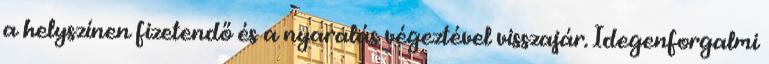
a helyszínen fizetendő és a nyaralás végeztével visszajár. Idegenforgalmi